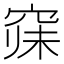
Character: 𱷁